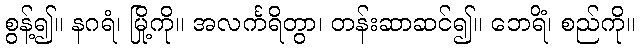
စွန့်၍။ နဂရံ၊ မြို့ကို။ အလင်္ကရိတွာ၊ တန်းဆာဆင်၍။ ဘေရိံ၊ စည်ကို။